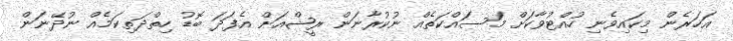
އަހަރެން މިކައިވެނި ހުއްޓުވާކަށް މަސައްކަތެއް ނުކުރާނަން ރީޝްއަށް އެފަދަ ބޮޑު ހިތްދަތިކަމެއް ނުދޭނަން